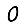
Digit: 0